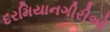
દરમિયાનગીરીઓ